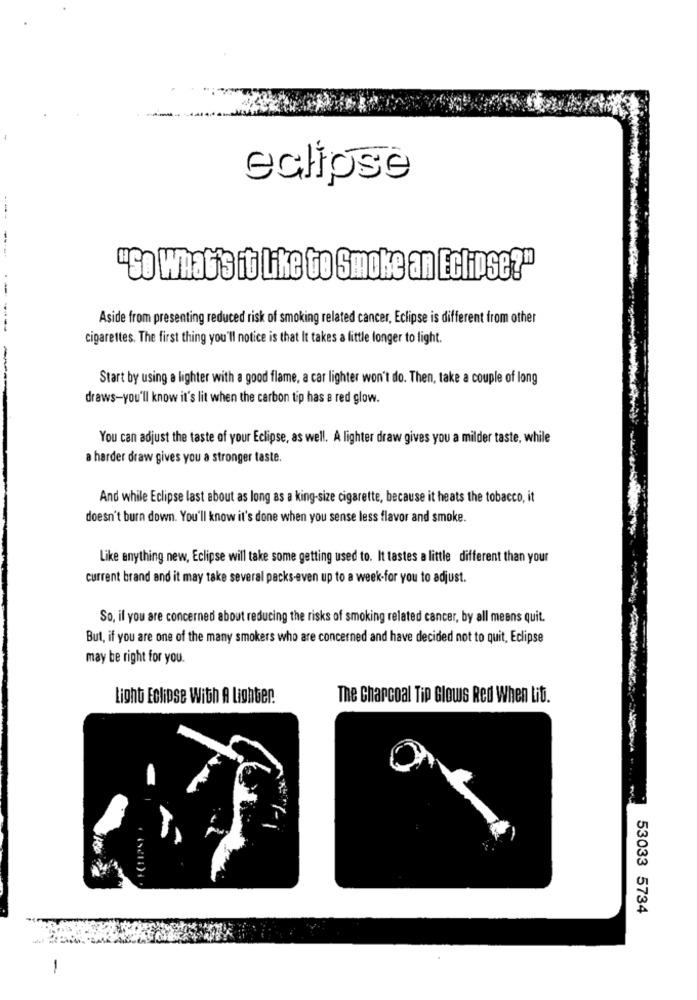
eclipse
"SO What's it Like to Smoke an Eclipse?"
Aside from presenting reduced risk of smoking related cancer, Eclipse is different from other
----
cigarettes. The first thing you'll notice is that It takes a little longer to light.
-
Start by using a lighter with a good flame, a car lighter won't do. Then, take a couple of long
draws-you'll know it's lit when the carbon tip has a red glow.
You can adjust the taste of your Eclipse, as well. A lighter draw gives you a milder taste, while
a harder draw gives you a stronger taste.
And while Eclipse last about as long as a king-size cigarette, because it heats the tobacco, it
doesn't burn down. You'll know it's done when you sense less flavor and smoke.
Like anything new, Eclipse will take some getting used to. It tastes a little different than your
current brand and it may take several packs-even up to a week-for you to adjust.
So, if you are concerned about reducing the risks of smoking related cancer, by all means quit.
But, if you are one of the many smokers who are concerned and have decided not to quit, Eclipse
may be right for you.
Light Eclipse With A Lighter.
The Charcoal Tip Glows Red When Lit.
53033 5734
-